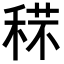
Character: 𥟼